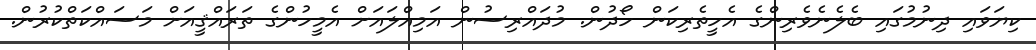
ކިޔަވައި ދިނުމުގައި ބެލެނެވެރިންގެ އެހީތެރިކަން ހޯދުން. މުދައްރިސުން އަމިއްލައަށް އެމީހުންގެ ތަރައްޤީއަށް މަސައްކަތްކުރުން.